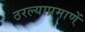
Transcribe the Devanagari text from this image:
ठरल्याप्रमाणें